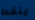
ينقط